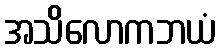
အသိလောကဘယံ